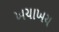
ખચાખચ